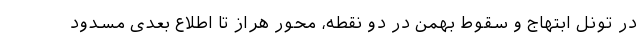
در تونل ابتهاج و سقوط بهمن در دو نقطه، محور هراز تا اطلاع بعدی مسدود